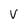
Character: V